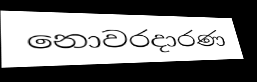
නොවරදාරණ